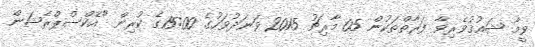
ވީމާ ޝައުޤުވެރިވާ ފަރާތްތަކުން 05 މާރިޗު 2015 ވަނަދުވަހުގެ 15:00ގެ ކުރިން "އެކްސްޕްރެޝަން